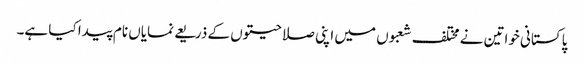
پاکستانی خواتین نے مختلف شعبوں میں اپنی صلاحیتوں کے ذریعے نمایاں نام پیدا کیا ہے۔